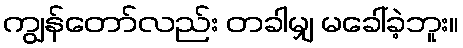
ကျွန်တော်လည်း တခါမျှ မခေါ်ခဲ့ဘူး။